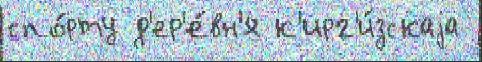
спо́рту д'ер'е́вн'я к'ирг'и́зскаjа